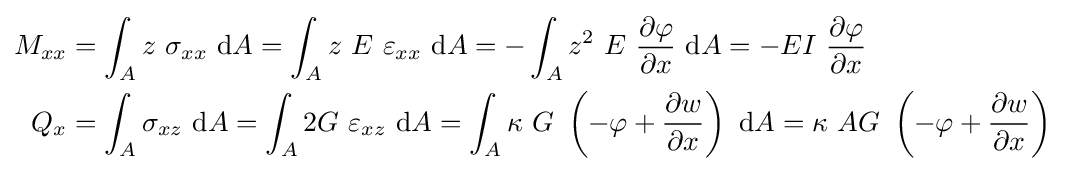
{\begin{aligned}M_{xx}&=\int _{A}z~\sigma _{xx}~\mathrm {d} A=\int _{A}z~E~\varepsilon _{xx}~\mathrm {d} A=-\int _{A}z^{2}~E~{\frac {\partial \varphi }{\partial x}}~\mathrm {d} A=-EI~{\frac {\partial \varphi }{\partial x}}\\Q_{x}&=\int _{A}\sigma _{xz}~\mathrm {d} A=\int _{A}2G~\varepsilon _{xz}~\mathrm {d} A=\int _{A}\kappa ~G~\left(-\varphi +{\frac {\partial w}{\partial x}}\right)~\mathrm {d} A=\kappa ~AG~\left(-\varphi +{\frac {\partial w}{\partial x}}\right)\end{aligned}}